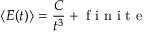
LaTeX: \langle E ( t ) \rangle = { \frac { C } { t ^ { 3 } } } + { \textrm { f i n i t e } }